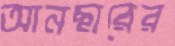
আনছারের